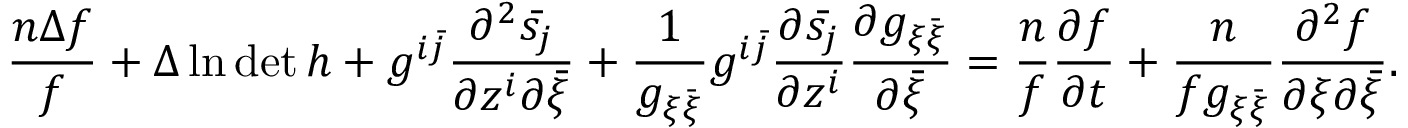
\frac { n \Delta f } { f } + \Delta \ln \operatorname* { d e t } h + g ^ { i \bar { j } } \frac { \partial ^ { 2 } \bar { s _ { j } } } { \partial z ^ { i } \partial \bar { \xi } } + \frac { 1 } { g _ { \xi \bar { \xi } } } g ^ { i \bar { j } } \frac { \partial \bar { s _ { j } } } { \partial z ^ { i } } \frac { \partial g _ { \xi \bar { \xi } } } { \partial \bar { \xi } } = \frac { n } { f } \frac { \partial f } { \partial t } + \frac { n } { f g _ { \xi \bar { \xi } } } \frac { \partial ^ { 2 } f } { \partial \xi \partial \bar { \xi } } .